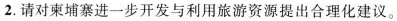
(4分)2.请对柬埔寨进一步开发与利用旅游资源提出合理化建议。